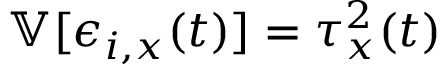
\mathbb V [ \epsilon _ { i , x } ( t ) ] = \tau _ { x } ^ { 2 } ( t )